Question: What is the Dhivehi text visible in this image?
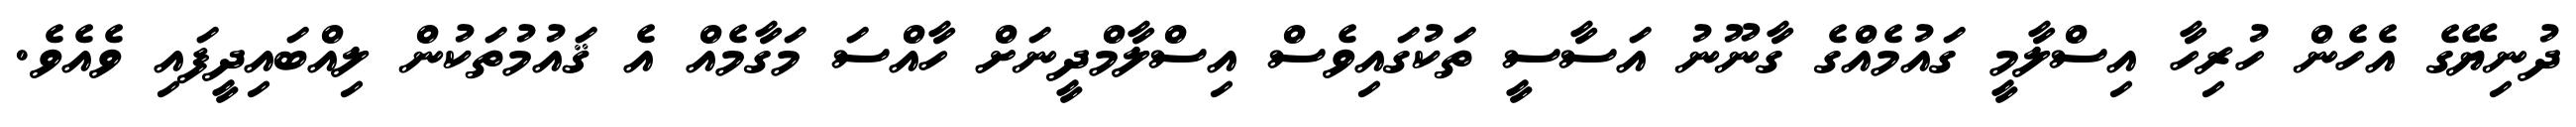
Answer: ދުނިޔޭގެ އެހެން ހުރިހާ އިސްލާމީ ގައުމެއްގެ ގާނޫނު އަސާސީ ތަކުގައިވެސް އިސްލާމްދީނަށް ހާއްސަ މަގާމެއް އެ ޤައުމުތަކުން ލިއްބައިދީފައި ވެއެވެ.